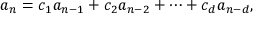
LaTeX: a _ { n } = c _ { 1 } a _ { n - 1 } + c _ { 2 } a _ { n - 2 } + \cdots + c _ { d } a _ { n - d } ,